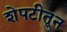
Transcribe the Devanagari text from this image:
शेपटीतून